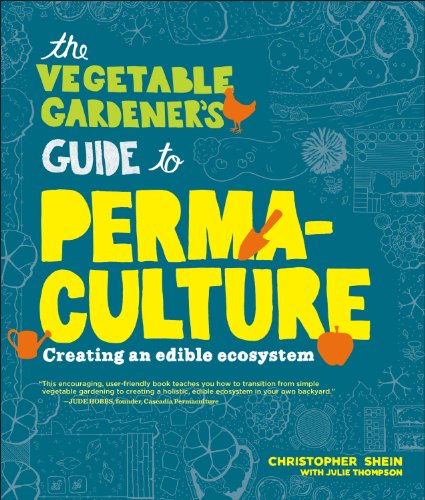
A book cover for The Vegetable Gardener's Guide to Permaculture: Creating an Edible Ecosystem; Christopher Shein; Crafts, Hobbies & Home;